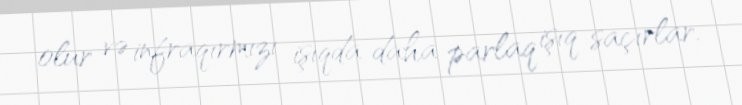
olur və infraqırmızı işıqda daha parlaq işıq saçırlar.